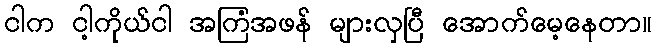
ငါက ငါ့ကိုယ်ငါ အကြံအဖန် များလှပြီ အောက်မေ့နေတာ။